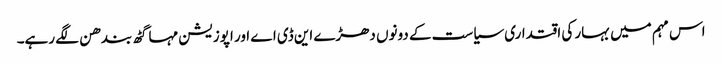
اس مہم میں بہار کی اقتداری سیاست کے دونوں دھڑے این ڈی اے اور اپوزیشن مہا گٹھ بندھن لگے رہے۔